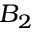
B _ { 2 }